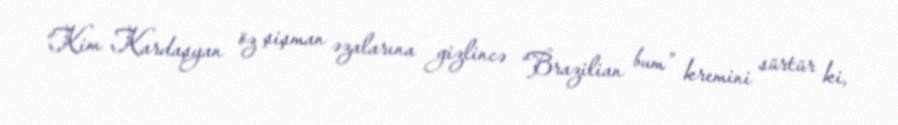
“Kim Kardaşyan öz şişman əzalarına gizlincə “Brazilian bum” kremini sürtür ki,